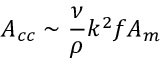
A _ { c c } \sim \frac { \nu } { \rho } k ^ { 2 } f A _ { m }